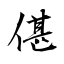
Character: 偡